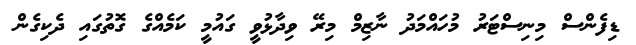
ޑިފެންސް މިނިސްޓަރު މުހައްމަދު ނާޒިމް މިރޭ ވިދާޅުވީ ގައުމީ ކަމެއްގެ ގޮތުގައި ދެކިގެން